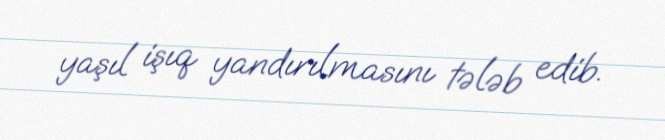
yaşıl işıq yandırılmasını tələb edib.